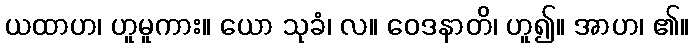
ယထာဟ၊ ဟူမူကား။ ယော သုခံ၊ လ။ ဝေဒနာတိ၊ ဟူ၍။ အာဟ၊ ၏။